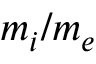
m _ { i } / m _ { e }